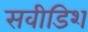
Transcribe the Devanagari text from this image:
सवीडिश